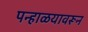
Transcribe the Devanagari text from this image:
पन्हाळयावरून